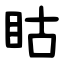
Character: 䀦